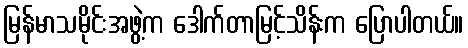
မြန်မာသမိုင်းအဖွဲ့က ဒေါက်တာမြင့်သိန်းက ပြောပါတယ်။